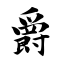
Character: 爵